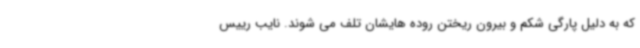
که به دلیل پارگی شکم و بیرون ریختن روده هایشان تلف می شوند. نایب رییس